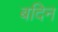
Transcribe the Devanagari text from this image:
बदिन